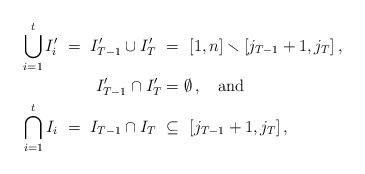
LaTeX: \begin{align*} \bigcup_{i=1}^t I'_i \ = \ I'_{T-1} \cup I'_T \ &= \ [1,n] \smallsetminus [j_{T-1}+1, j_{T}]\,, \\ I'_{T-1} \cap I'_{T} &= \emptyset\,, \mbox{\quad{and}} \\ \bigcap_{i=1}^t I_i \ = \ I_{T-1} \cap I_T \ &\subseteq \ [j_{T-1}+1, j_{T}]\,, \end{align*}